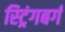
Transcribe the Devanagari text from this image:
स्ट्रिंगबर्ग